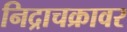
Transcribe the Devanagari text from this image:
निद्राचक्रावर